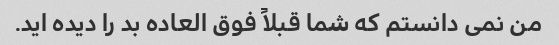
من نمی دانستم که شما قبلاً فوق العاده بد را دیده اید.